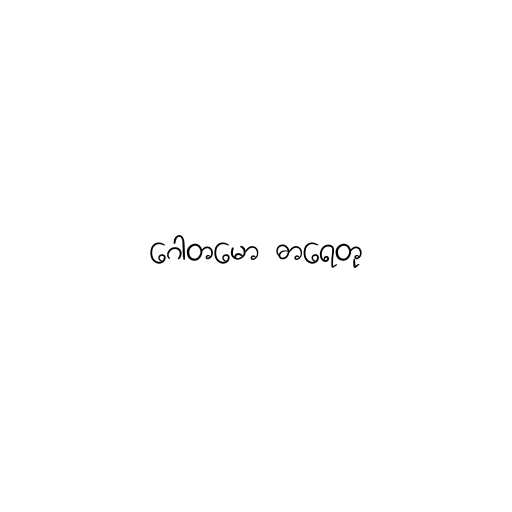
ဂေါတမော ဓာရေတု